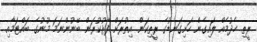
ރީތި ހެދުމެއް ލައިގެން ހަށިގަނޑުގެ ރީތިކަން އިތުރަށް ފާޅުކުރަން ބޭނުންނަމަ މޫނުގެ ބައްޓަމާއި